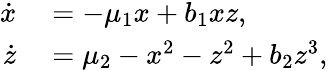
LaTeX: \begin{array}{rl}{\dot{x}}&{{}=-\mu_{1}x+b_{1}xz,}\\ {\dot{z}}&{{}=\mu_{2}-x^{2}-z^{2}+b_{2}z^{3},}\end{array}